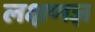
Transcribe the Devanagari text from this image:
लक्षणज्ञ